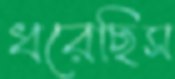
ধরেছিস